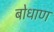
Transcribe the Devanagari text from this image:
बोधाण